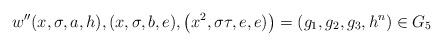
LaTeX: \begin{align*}w''(x,\sigma ,a,h),(x,\sigma ,b,e),\left(x^2,\sigma \tau,e,e)\right)=\left(g_1,g_2,g_3,h^{n}\right)\in G_5\end{align*}